Annual vaccination report of Bihar and Orissa - 1911-1928
Year: 1911
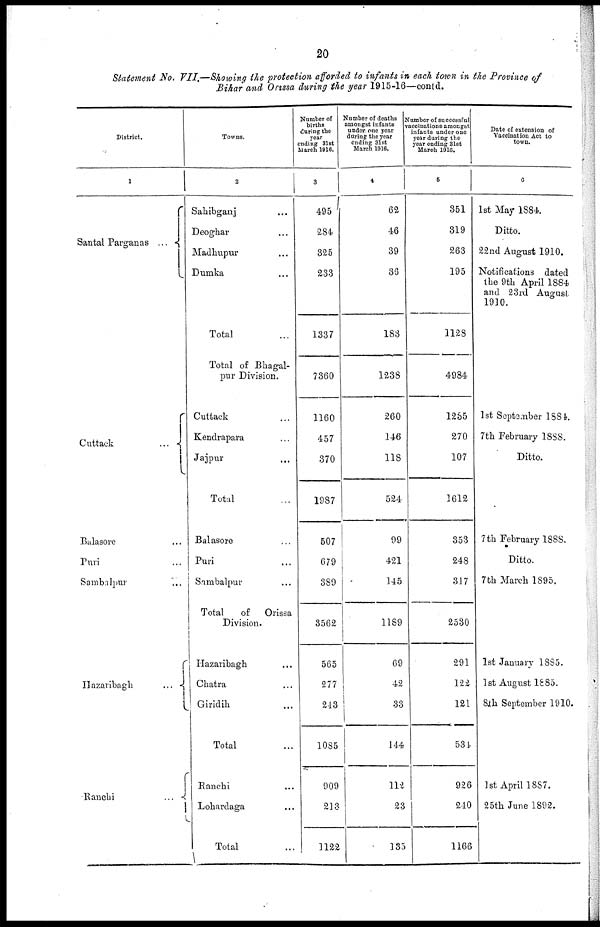
20
Statement No. VII.—Showing the protection afforded to infants in each town in the Province of
Bihar and Orissa during the year 1915-16—contd.
District.
1
Santal Parganas ...
Cuttack
...
Balasore ...
Puri ...
Sambalpur ...
Hazaribagh
...
Ranchi
...
Towns.
2
Sahibganj ...
Deoghar ...
Madhupur ...
Dumka ...
Total ...
Total of Bhagal-
pur Division.
Cuttack ...
Kendrapara ...
Jajpur ...
Total ...
Balasore ...
Puri ...
Sambalpur ...
Total
of
Orissa
Division.
Hazaribagh ...
Chatra ...
Giridih ...
Total ...
Ranchi
...
Lohardaga ...
Total
...
Number of
births
during the
year
ending 31st
March 1916.
3
495
284
325
233
1337
7360
1160
457
370
1987
507
679
389
3562
565
277
243
1085
909
213
1122
Number of deaths
amongst infants
under one year
during the year
ending 31st
March 1016.
4
62
46
39
36
183
1238
260
146
118
524
99
421
145
1189
69
42
33
144
112
23
135
Number of successful
vaccinations amongst
infants under one
year during the
year ending 31st
March 1916.
5
351
319
263
195
1128
4984
1235
270
107
1612
353
248
317
2530
291
122
121
534
926
240
1166
Date of extension of
Vaccination Act to
town.
6
1st May 1884.
Ditto.
22nd August 1910.
Notifications dated
the 9th April 1884
and 23rd August
1910.
1st September 1884.
7th February 1888.
Ditto.
7 th February 1888.
Ditto.
7 th March 1895.
1st January 1885.
1st August 1885.
8th September 1910.
1st April 1887.
25th June 1892.